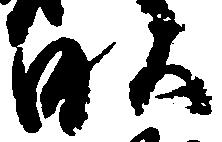
畝